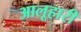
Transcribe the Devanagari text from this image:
आलूहारी